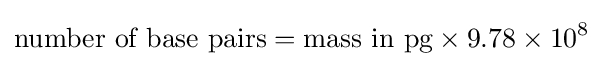
{\text{number of base pairs}}={\text{mass in pg}}\times 9.78\times 10^{8}